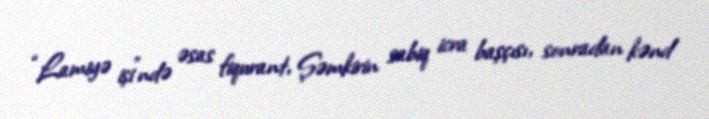
“Lamiyə işi”ndə əsas fiqurant, Şəmkirin sabiq icra başçısı, sonradan kənd